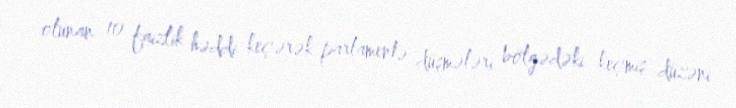
olunan 10 faizlik həddi keçərək parlamentə düşmələri bölgədəki keçmiş düzəni